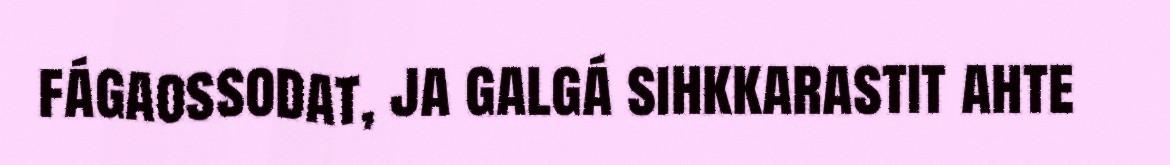
fágaossodat, ja galgá sihkkarastit ahte